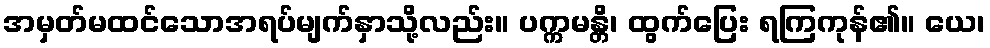
အမှတ်မထင်သောအရပ်မျက်နှာသို့လည်း။ ပက္ကမန္တိ၊ ထွက်ပြေး ရကြကုန်၏။ ယေ၊